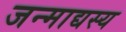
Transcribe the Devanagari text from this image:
जन्माद्यस्य